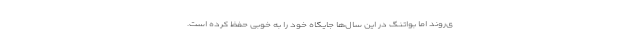
ی‌روند اما بواتنگ در این سال‌ها جایگاه خود را به خوبی حفظ کرده است.